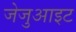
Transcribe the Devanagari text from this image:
जेजुआइट